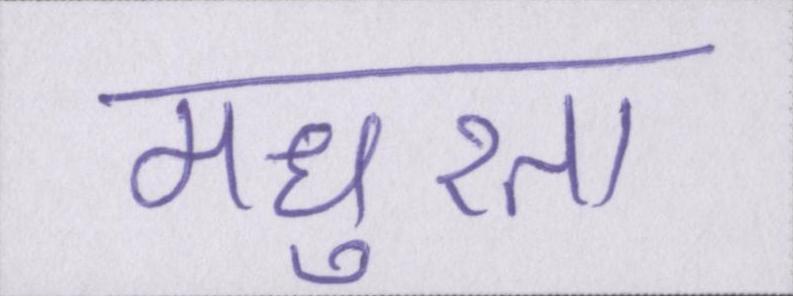
मधुरता